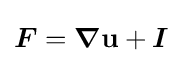
{\boldsymbol {F}}={\boldsymbol {\nabla }}\mathbf {u} +{\boldsymbol {I}}